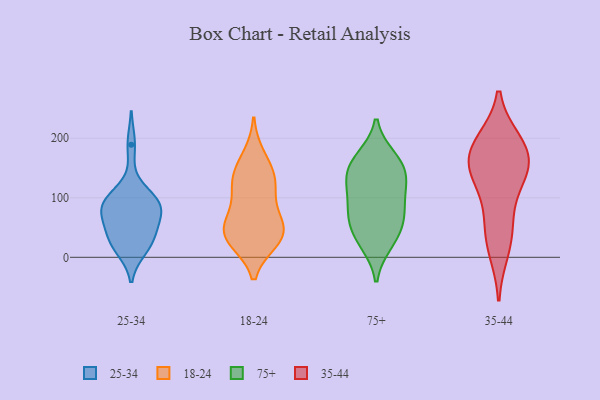
{"axis": {"x": "Churn Rate (%)", "y": "Value"}, "legend": ["18-24", "25-34", "35-44", "75+"], "data": [{"x": "", "y": 189, "type": "25-34"}, {"x": "", "y": 21, "type": "25-34"}, {"x": "", "y": 31, "type": "25-34"}, {"x": "", "y": 39, "type": "25-34"}, {"x": "", "y": 85, "type": "25-34"}, {"x": "", "y": 96, "type": "25-34"}, {"x": "", "y": 93, "type": "25-34"}, {"x": "", "y": 77, "type": "25-34"}, {"x": "", "y": 28, "type": "25-34"}, {"x": "", "y": 94, "type": "25-34"}, {"x": "", "y": 15, "type": "25-34"}, {"x": "", "y": 69, "type": "25-34"}, {"x": "", "y": 98, "type": "25-34"}, {"x": "", "y": 69, "type": "25-34"}, {"x": "", "y": 135, "type": "18-24"}, {"x": "", "y": 61, "type": "18-24"}, {"x": "", "y": 170, "type": "18-24"}, {"x": "", "y": 28, "type": "18-24"}, {"x": "", "y": 73, "type": "18-24"}, {"x": "", "y": 43, "type": "18-24"}, {"x": "", "y": 116, "type": "18-24"}, {"x": "", "y": 29, "type": "18-24"}, {"x": "", "y": 45, "type": "18-24"}, {"x": "", "y": 142, "type": "18-24"}, {"x": "", "y": 34, "type": "18-24"}, {"x": "", "y": 117, "type": "18-24"}, {"x": "", "y": 75, "type": "75+"}, {"x": "", "y": 51, "type": "75+"}, {"x": "", "y": 120, "type": "75+"}, {"x": "", "y": 162, "type": "75+"}, {"x": "", "y": 31, "type": "75+"}, {"x": "", "y": 167, "type": "75+"}, {"x": "", "y": 152, "type": "75+"}, {"x": "", "y": 83, "type": "75+"}, {"x": "", "y": 130, "type": "75+"}, {"x": "", "y": 24, "type": "75+"}, {"x": "", "y": 127, "type": "75+"}, {"x": "", "y": 73, "type": "75+"}, {"x": "", "y": 154, "type": "35-44"}, {"x": "", "y": 155, "type": "35-44"}, {"x": "", "y": 13, "type": "35-44"}, {"x": "", "y": 183, "type": "35-44"}, {"x": "", "y": 138, "type": "35-44"}, {"x": "", "y": 136, "type": "35-44"}, {"x": "", "y": 40, "type": "35-44"}, {"x": "", "y": 71, "type": "35-44"}, {"x": "", "y": 189, "type": "35-44"}, {"x": "", "y": 193, "type": "35-44"}]}